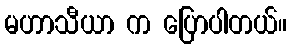
မဟာသီယာ က ပြောပါတယ်။